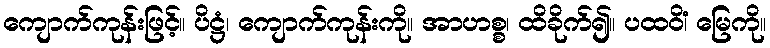
ကျောက်ကုန်းဖြင့်။ ပိဋ္ဌံ၊ ကျောက်ကုန်းကို။ အာဟစ္စ၊ ထိခိုက်၍။ ပထဝိံ၊ မြေကို။